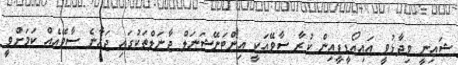
ޝައިނީ ވިދާޅުވީ އައިއޯޑީޕީއިން ކުރާ ސާވޭއަކީ އިންޓަނޭޝަނަލް ޖާނަލްތަކުގައި ޖަހާނެ ސާވޭއެއް ކަމަށްވީ